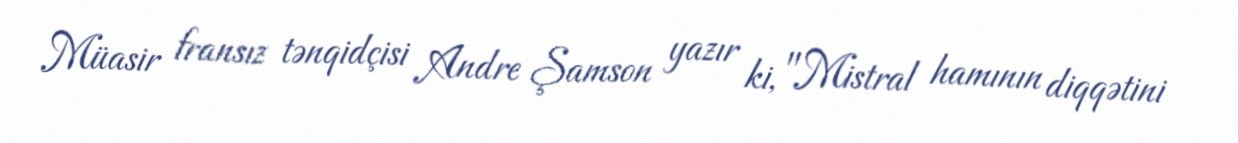
Müasir fransız tənqidçisi Andre Şamson yazır ki, "Mistral hamının diqqətini